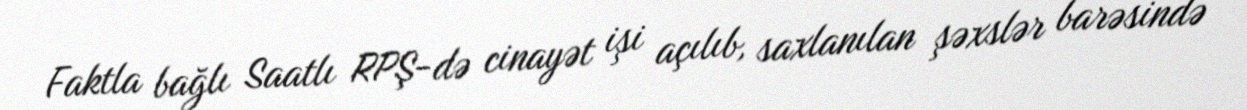
Faktla bağlı Saatlı RPŞ-də cinayət işi açılıb, saxlanılan şəxslər barəsində